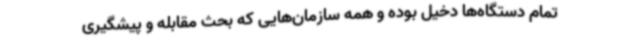
تمام دستگاه‌ها دخیل بوده و همه سازمان‌هایی که بحث مقابله و پیشگیری